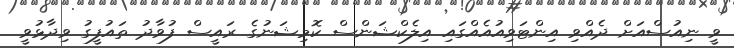
ވީ ނިއުސްއަށް ދެއްވި އިންޓަވިއުއެއްގައި އިލެކްޝަންސް ކޮމިޝަނުގެ ރައީސް ފުވާދު ތައުފީގު ވިދާޅުވީ